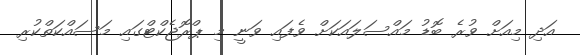
އަދި މިއަށް ވުރެ ބޮޑު މައްސަލައަކަށް ވެފައި ވަނީ މި ޕްރޮޖެކްޓްގައި މަސައްކަތްކުރި